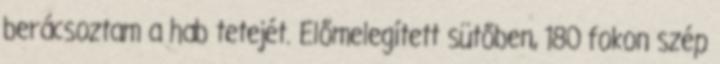
berácsoztam a hab tetejét. Előmelegített sütőben, 180 fokon szép